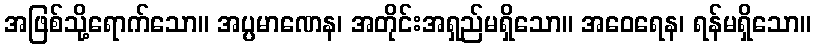
အဖြစ်သို့ရောက်သော။ အပ္ပမာဏေန၊ အတိုင်းအရှည်မရှိသော။ အဝေရေန၊ ရန်မရှိသော။